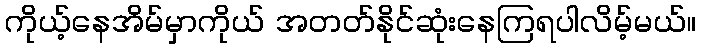
ကိုယ့်နေအိမ်မှာကိုယ် အတတ်နိုင်ဆုံးနေကြရပါလိမ့်မယ်။